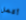
أكمل